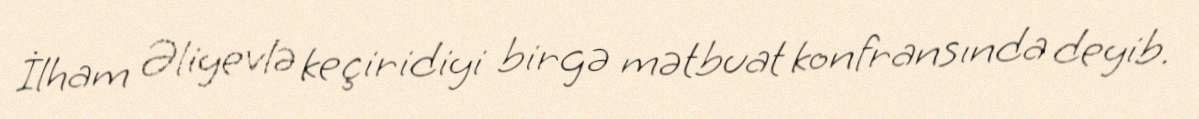
İlham Əliyevlə keçiridiyi birgə mətbuat konfransında deyib.